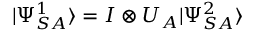
| \Psi _ { S A } ^ { 1 } \rangle = I \otimes U _ { A } | \Psi _ { S A } ^ { 2 } \rangle